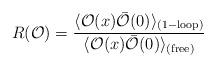
LaTeX: \begin{align*}R({\cal{O}}) = \frac{\langle {\cal{O}}(x) \bar{\cal{O}}(0)\rangle_{\rm (1-loop)}} {\langle {\cal{O}}(x) \bar{\cal{O}}(0)\rangle_{\rm (free)}}\end{align*}